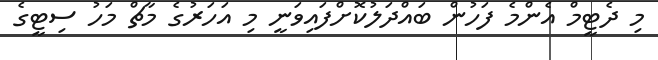
މި ދެޓީމް އެންމެ ފަހުން ބައްދަލުކޮށްފައިވަނީ މި އަހަރުގެ މާޗް މަހު ސިޓީގެ